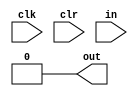
`timescale 1ns / 1ps
module string(
		input clk,
		input clr,
		input [7:0] in,
		output out
	);
	reg [1:0] now;
	wire num;
	assign num=(in>="0" && in<="9");
	assign out=(now==2'b01);
	
	initial
	begin
		now=0;
	end
	
	
	always @(posedge clr)
	begin
		now<=0;
	end
	
	always @(posedge clk)
	begin
		if (clr)
		begin
			now<=0;
		end
		else
		begin
			case (now)
				2'b00: now<=(num?2'b01:2'b11);
				2'b01: now<=(num?2'b11:2'b10);
				2'b10: now<=(num?2'b01:2'b11);
				2'b11: now<=now;
				default: now<=0;
			endcase
		end
	end

endmodule